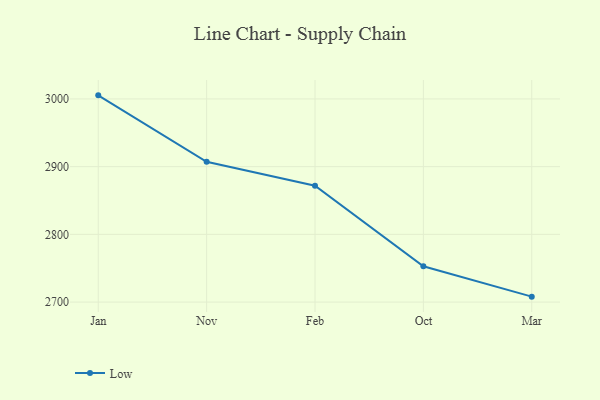
{"axis": {"x": "Month", "y": "Conversion Rate (%)"}, "legend": ["Low"], "data": [{"x": "Jan", "y": 3005.3, "type": "Low"}, {"x": "Nov", "y": 2907.1, "type": "Low"}, {"x": "Feb", "y": 2871.9, "type": "Low"}, {"x": "Oct", "y": 2752.9, "type": "Low"}, {"x": "Mar", "y": 2708.0, "type": "Low"}]}